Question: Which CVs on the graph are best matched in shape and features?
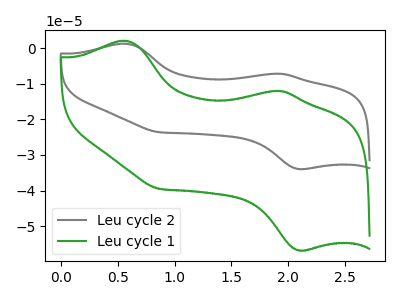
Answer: <think>The gray curve "Leu cycle 2" has anodic peaks at (0.55V, 1.25uA) (1.90V, -7.20uA) and cathodic peaks at (2.10V, -33.95uA) (0.85V, -23.60uA). The green curve "Leu cycle 1" has anodic peaks at (0.55V, 2.05uA) (1.90V, -12.00uA) and cathodic peaks at (2.10V, -56.80uA) (0.85V, -39.50uA).
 All the peaks in "Leu cycle 2" have a peak in "Leu cycle 1" at the same potential.</think>
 <answer>"Leu cycle 1" and "Leu cycle 2" have the same shape and are likely CV's of the same chemical.</answer>
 <eval>"Leu cycle 1" "Leu cycle 2"</eval>